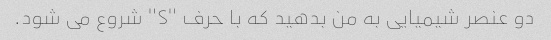
دو عنصر شیمیایی به من بدهید که با حرف "S" شروع می شود.